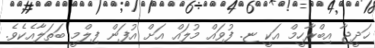
ޚަދީޖާ އިބްރާހީމް އަކީ ޏ. ފުވައް މުލައް އަށް އުފަން ފިލްމީ ބަތަލާއެކެވެ.